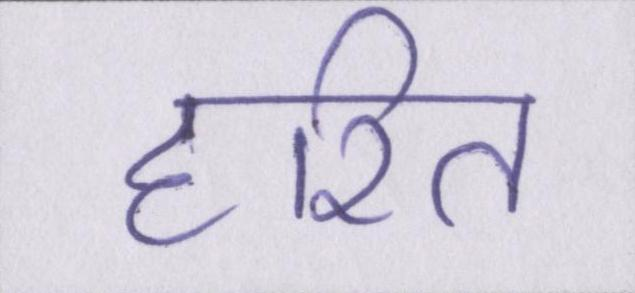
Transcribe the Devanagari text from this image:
हरित